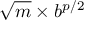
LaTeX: { \sqrt { m } } \times b ^ { p / 2 }